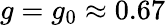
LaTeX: g=g_{0}\approx 0.67